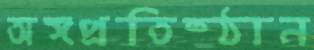
অঙ্গপ্রতিষ্ঠান